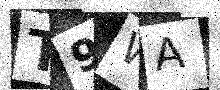
Text: T9WA